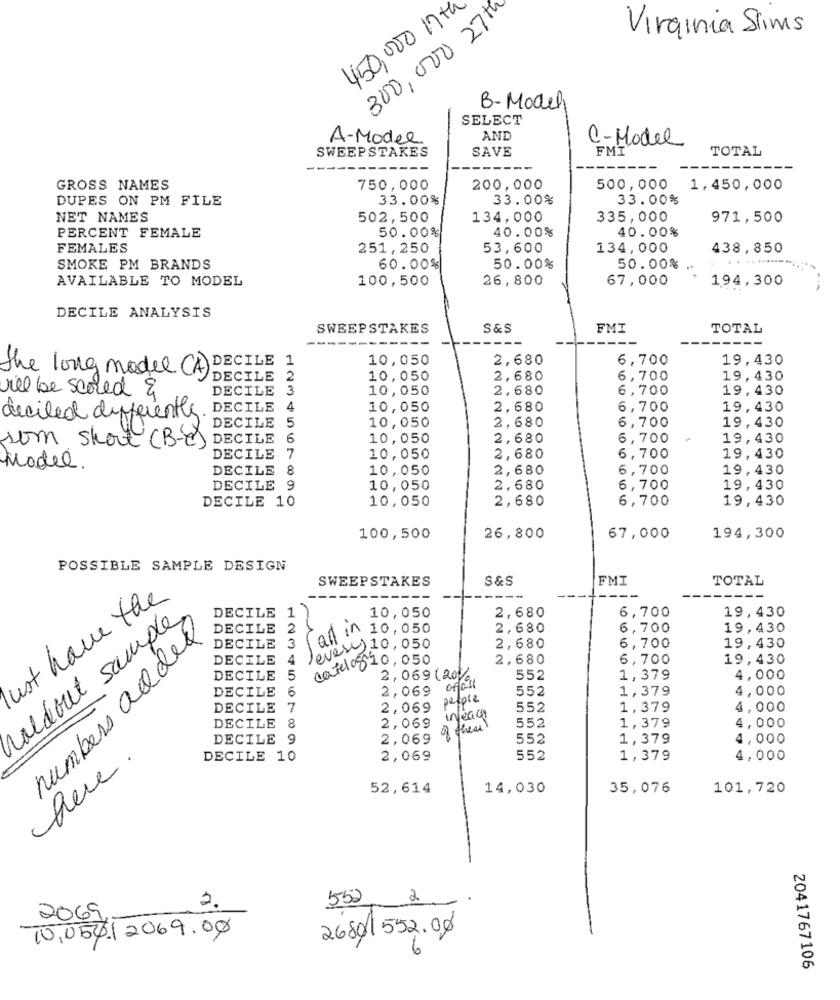
450,000 17th
300,000 27th
Virginia Slims
B-Model
SELECT
A-Model
AND
C-Model
SWEEPSTAKES
SAVE
FMI
TOTAL
GROSS NAMES
750,000
200,000
500,000
1,450,000
DUPES ON PM FILE
33.00%
33.00%
33.00%
NET NAMES
502,500
134,000
335,000
971,500
40.00%
PERCENT FEMALE
50.00%
40.00%
FEMALES
251,250
53,600
134,000
438,850
. .
SMOKE PM BRANDS
60.00%
50.00%
50.00%
AVAILABLE TO MODEL
100,500
26,800
67,000
194,300
DECILE ANALYSIS
SWEEPSTAKES
S &S
FMI
TOTAL
10,050
2,680
6,700
19,430
the long model (A) DECILE 1
DECILE 2
10,050
2,680
6,700
19,430
ill be scored &
DECILE 3
10,050
2,680
6,700
19,430
decided differently. DECILE 4
10,050
2,680
6,700
19,430
10,050
2,680
DECILE 5
6,700
19,430
10,050
2,680
6,700
19,430
som short (B-C) DECILE 6
DECILE 7
10,050
2,680
6,700
19,430
Model.
DECILE 8
10,050
2,680
6,700
19,430
DECILE 9
10,050
2,680
6,700
19,430
DECILE 10
10,050
2,680
6,700
19,430
100,500
26,800
67,000
194,300
POSSIBLE SAMPLE DESIGN
SWEEPSTAKES
S&S
FMI
TOTAL
ust have the
soldout samples
1
10,050
2,680
DECILE
6,700
19,430
numbers added
DECILE
2
all in 10,050
2,680
6,700
19,430
3
DECILE
levere 10, 050
2,680
6,700
19,430
DECILE
catelo$10, 050
2,680
6,700
19,430
DECILE
5
2, 069 (2011)
552
1,379
4,000
DECILE 6
2,069
ofall
552
1,379
4,000
pepple
DECILE
7
2,069
552
1,379
4,000
infeace
DECILE 8
2,069
of these!
552
1,379
4,000
DECILE 9
2,069
552
1,379
4,000
here.
DECILE 10
2,069
552
1,379
4,000
52,614
14,030
35,076
101,720
552
2
2069,
10,054/2069.00
2680/552.00
2041767106